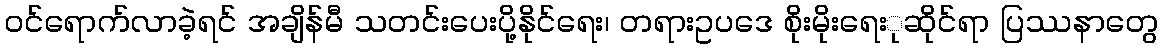
ဝင်ရောက်လာခဲ့ရင် အချိန်မီ သတင်းပေးပို့နိုင်ရေး၊ တရားဥပဒေ စိုးမိုးရေးုဆိုင်ရာ ပြဿနာတွေ